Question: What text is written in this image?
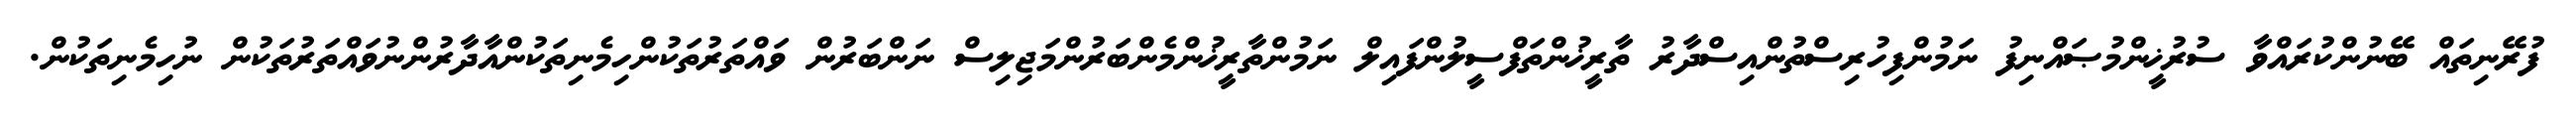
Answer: ފުރޭނިތައް ބޭނުންކުރައްވާ ސުރުޚީންމުޞައްނިފު ނަމުންފިހުރިސްތުންއިސްދާރު ތާރީޚުންތަފްސީލުންފައިލް ނަމުންތާރީޚުންމެންބަރުންމަޖިލިސް ނަންބަރުން ވައްތަރުތަކުންހިމެނިތަކުންއާދާރުންނުވައްތަރުތަކުން ނުހިމެނިތަކުން.